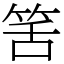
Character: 筈